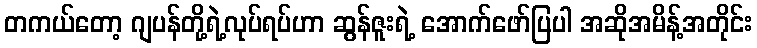
တကယ်တော့ ဂျပန်တို့ရဲ့လုပ်ရပ်ဟာ ဆွန်ဇူးရဲ့ အောက်ဖော်ပြပါ အဆိုအမိန့်အတိုင်း